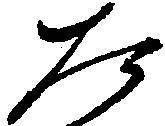
た